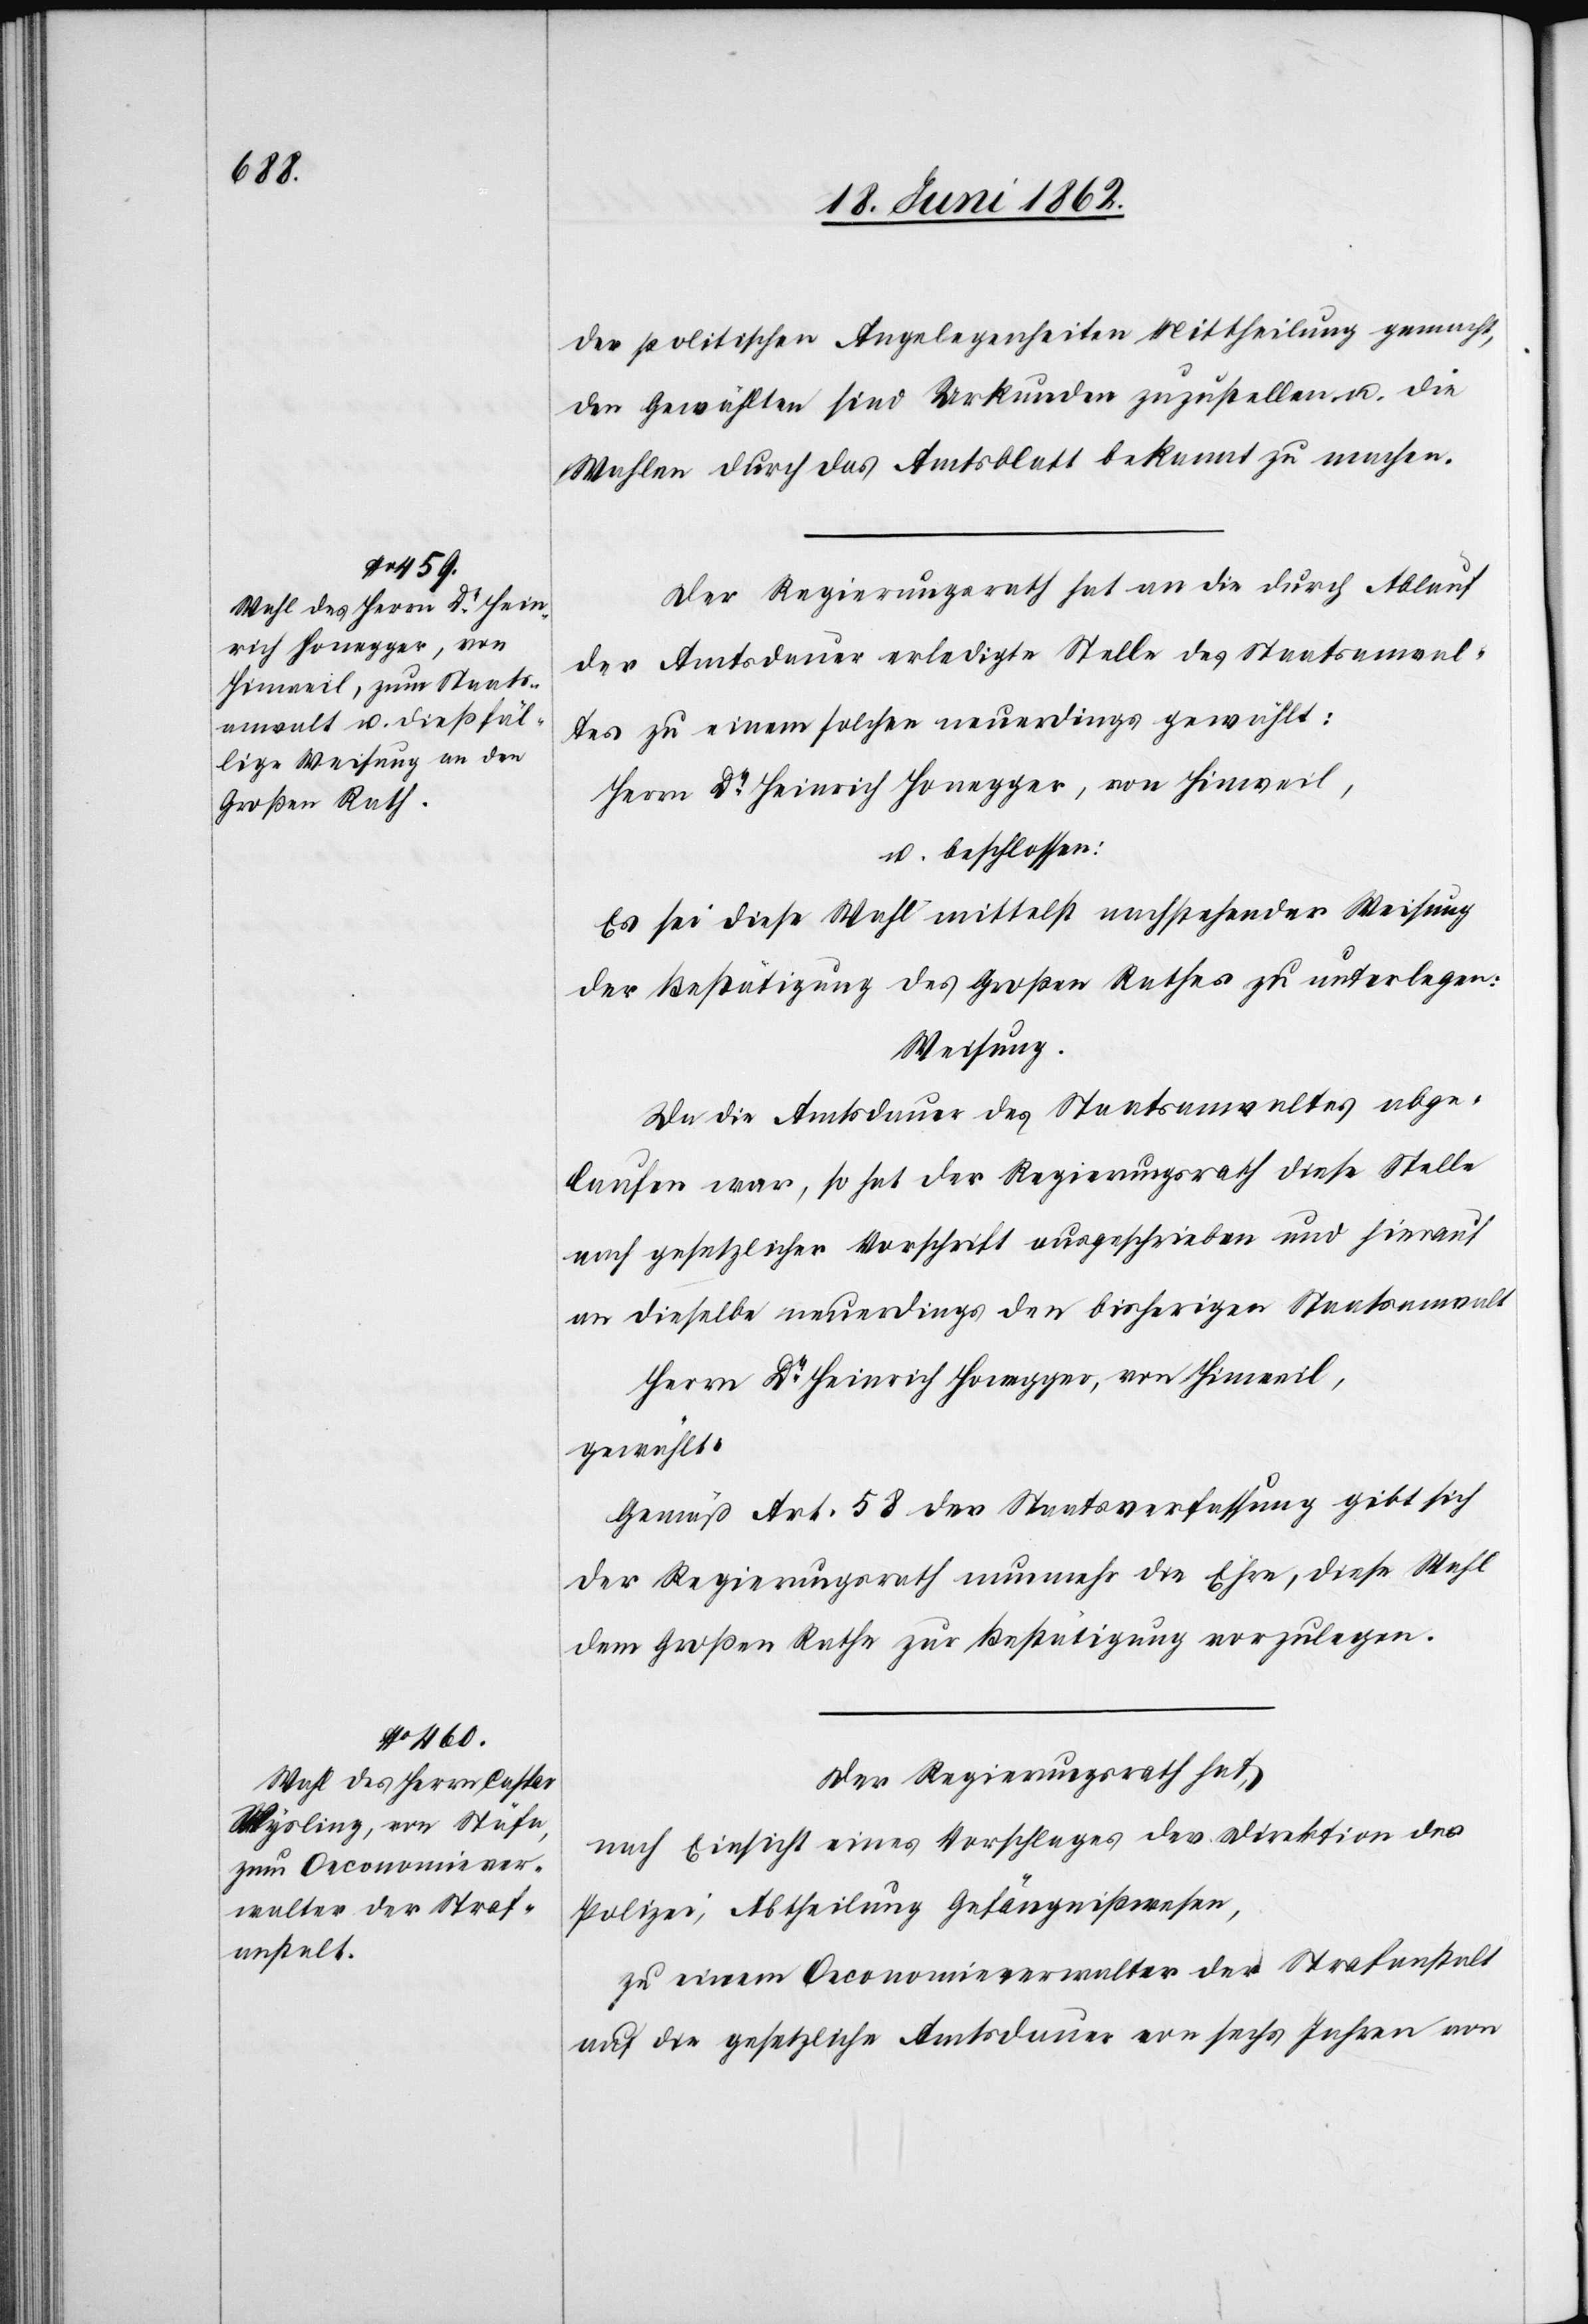
der politischen Angelegenheiten Mittheilung gemacht,
den Gewählten sind Urkunden zuzustellen u. die
Wahlen durch das Amtsblatt bekannt zu machen.
Der Regierungsrath hat an die durch Ablauf
der Amtsdauer erledigte Stelle des Staatsanwal¬
tes zu einem solchen neuerdings gewählt:
Herrn Dr. Heinrich Honegger, von Hinweil,
u. beschlossen:
Es sei diese Wahl mittelst nachstehender Weisung
der Bestätigung des Großen Rathes zu unterlegen.
Weisung.
Da die Amtsdauer des Staatsanwaltes abge¬
laufen war, so hat der Regierungsrath diese Stelle
nach gesetzlicher Vorschrift ausgeschrieben und hierauf
an dieselbe neuerdings den bisherigen Staatsanwalt
gewählt.
Gemäß Art. 58 der Staatsverfassung gibt sich
der Regierungsrath nunmehr die Ehre, diese Wahl
dem Großen Rathe zur Bestätigung vorzulegen.
Der Regierungsrath hat,
nach Eisnicht eines Vorschlages der Direktion der
Polizei, Abtheilung Gefängnißwesen,
zu einem Oeconomieverwalter der Strafanstalt
auf die gesetzliche Amtsdauer von sechs Jahren von